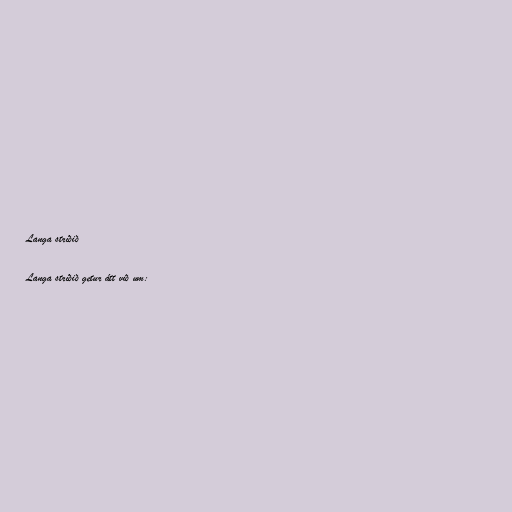
Langa stríðið

Langa stríðið getur átt við um: